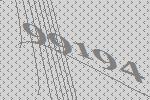
99194